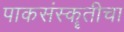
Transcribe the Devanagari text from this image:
पाकसंस्कॄतीचा